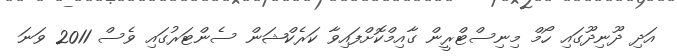
އަދި ދޫނިދޫގައި ހޯމް މިނިސްޓްރީން ގާއިމްކޮށްފައިވާ ކަރެކްޝަން ސެންޓަރުގައި ވެސް 2011 ވަނަ